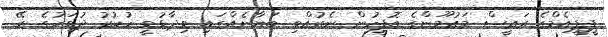
ޕީޕީއެމްގެ ރައީސް މައުމޫންގެ އޮފީހުން ނެރުއްވި ބަޔާނެއްގައި ވިދާޅުވީ ހުކުރު ދުވަހުގެ ރޭ